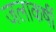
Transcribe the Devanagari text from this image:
जलाकर्षी